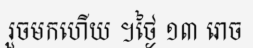
រួចមកហើយ ។ថ្ងៃ ១៣ រោច